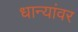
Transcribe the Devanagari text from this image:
धान्यांवर